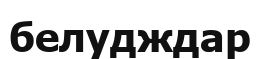
белудждар